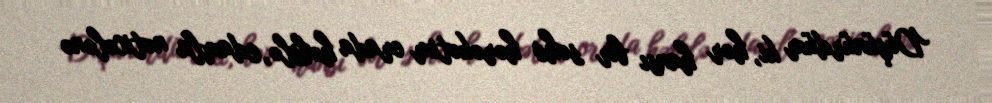
Düşünürdüm ki, hər hansı bir səhv hərəkətim orada həbslə, edamla nəticələnə